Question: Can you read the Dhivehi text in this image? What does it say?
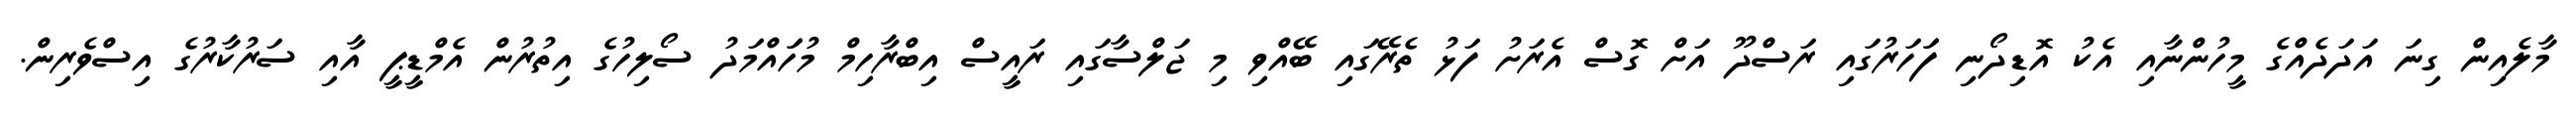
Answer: މާލެއިން ގިނަ އަދަދެއްގެ މީހުންނާއި އެކު އޮޑިދޯނި ފަަހަރުގައި ރަސްދޫ އަށް ގޮސް އެރަށު ފަޅު ތެރޭގައި ބޭއްވި މި ޖަލްސާގައި ރައީސް އިބްރާހިމް މުހަައްމަދު ސޯލިހުގެ އިތުރުން އެމްޑީޕީ އާއި ސަރުކާރުގެ އިސްވެރިން.